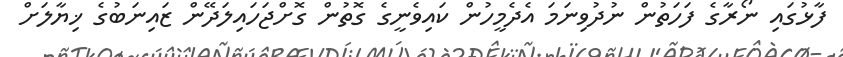
ފާޅުގައި ނޯރާގެ ފަހަތުން ނުދުވިނަމަ އެދެމީހުން ކައިވެނީގެ ގޮތުން ގޮށްޖަހައިލަދޭން ޒައިނަބުގެ ޚިޔާލަށް